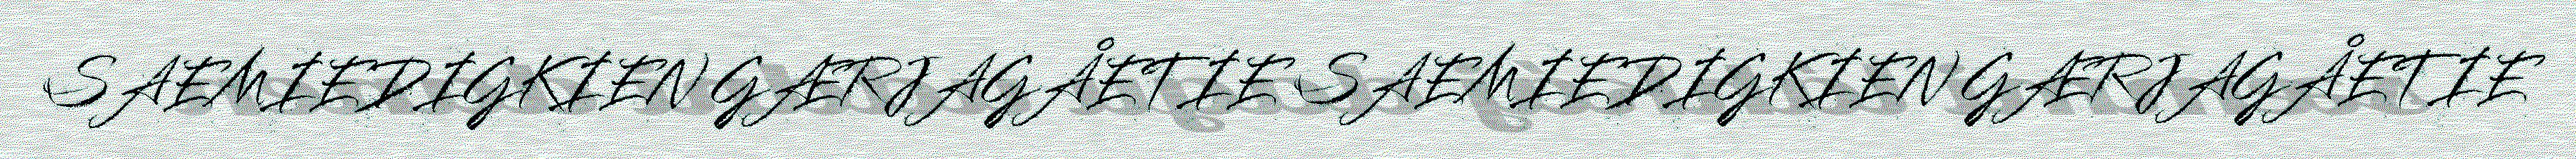
SAEMIEDIGKIEN GÆRJAGÅETIE SAEMIEDIGKIEN GÆRJAGÅETIE